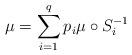
LaTeX: \begin{align*}\mu = \sum_{i=1}^q p_i\mu \circ S^{-1}_i\end{align*}